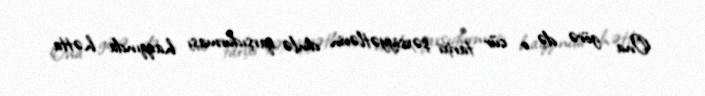
Ona görə də o cür tarixi şəxsiyyətlərin dinlə qarşıdurması haqqında hətta